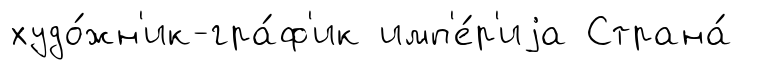
худо́жн'ик-гра́ф'ик имп'е́р'иjа Страна́